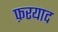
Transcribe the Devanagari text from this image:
फ़रयाद